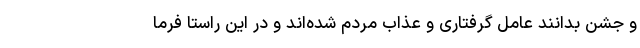
و جشن بدانند عامل گرفتاری و عذاب مردم شده‌اند و در این راستا فرما